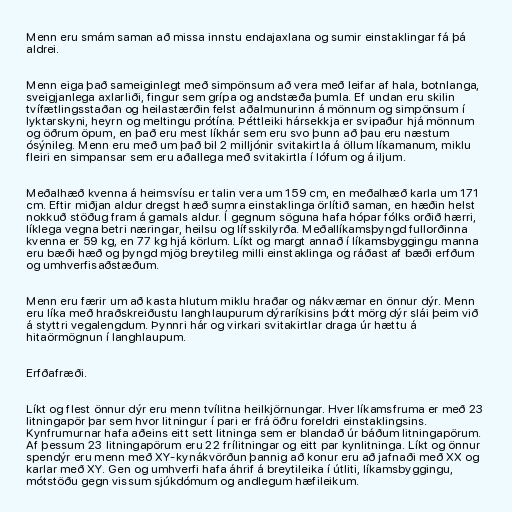
Menn eru smám saman að missa innstu endajaxlana og sumir einstaklingar fá þá
aldrei.

Menn eiga það sameiginlegt með simpönsum að vera með leifar af hala, botnlanga,
sveigjanlega axlarliði, fingur sem grípa og andstæða þumla. Ef undan eru skilin
tvífætlingsstaðan og heilastærðin felst aðalmunurinn á mönnum og simpönsum í
lyktarskyni, heyrn og meltingu prótína. Þéttleiki hársekkja er svipaður hjá mönnum
og öðrum öpum, en það eru mest líkhár sem eru svo þunn að þau eru næstum
ósýnileg. Menn eru með um það bil 2 milljónir svitakirtla á öllum líkamanum, miklu
fleiri en simpansar sem eru aðallega með svitakirtla í lófum og á iljum.

Meðalhæð kvenna á heimsvísu er talin vera um 159 cm, en meðalhæð karla um 171
cm. Eftir miðjan aldur dregst hæð sumra einstaklinga örlítið saman, en hæðin helst
nokkuð stöðug fram á gamals aldur. Í gegnum söguna hafa hópar fólks orðið hærri,
líklega vegna betri næringar, heilsu og lífsskilyrða. Meðallíkamsþyngd fullorðinna
kvenna er 59 kg, en 77 kg hjá körlum. Líkt og margt annað í líkamsbyggingu manna
eru bæði hæð og þyngd mjög breytileg milli einstaklinga og ráðast af bæði erfðum
og umhverfisaðstæðum.

Menn eru færir um að kasta hlutum miklu hraðar og nákvæmar en önnur dýr. Menn
eru líka með hraðskreiðustu langhlaupurum dýraríkisins þótt mörg dýr slái þeim við
á styttri vegalengdum. Þynnri hár og virkari svitakirtlar draga úr hættu á
hitaörmögnun í langhlaupum.

Erfðafræði.

Líkt og flest önnur dýr eru menn tvílitna heilkjörnungar. Hver líkamsfruma er með 23
litningapör þar sem hvor litningur í pari er frá öðru foreldri einstaklingsins.
Kynfrumurnar hafa aðeins eitt sett litninga sem er blandað úr báðum litningapörum.
Af þessum 23 litningapörum eru 22 frílitningar og eitt par kynlitninga. Líkt og önnur
spendýr eru menn með XY-kynákvörðun þannig að konur eru að jafnaði með XX og
karlar með XY. Gen og umhverfi hafa áhrif á breytileika í útliti, líkamsbyggingu,
mótstöðu gegn vissum sjúkdómum og andlegum hæfileikum.